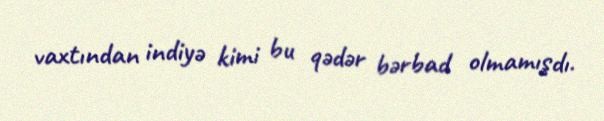
vaxtından indiyə kimi bu qədər bərbad olmamışdı.